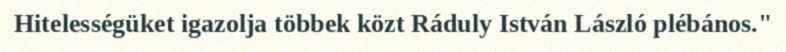
Hitelességüket igazolja többek közt Ráduly István László plébános."